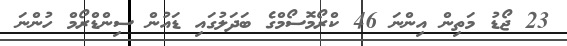
23 ޖޯޑު މަތިން އިންނަ 46 ކްރޯމޮސޯމްގެ ބަދަލުގައި ޑައުން ސިންޑްރޯމް ހުންނަ